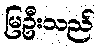
မြဦးသည်